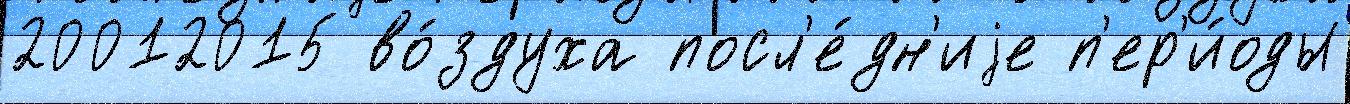
20012015 во́здуха посл'е́дн'иjе п'ер'и́оды